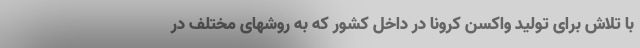
با تلاش برای تولید واکسن کرونا در داخل کشور که به روشهای مختلف در